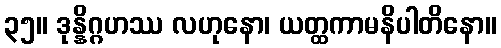
၃၅။ ဒုန္နိဂ္ဂဟဿ လဟုနော၊ ယတ္ထကာမနိပါတိနော။